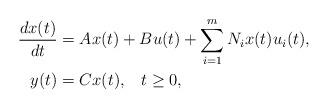
LaTeX: \begin{align*}\frac{d{x}(t)}{dt}&={A} x(t) + B u(t)+\sum_{i=1}^m N_i x(t) u_i(t),\\ y(t)&= {C} x(t),\;\;\;t\geq 0,\end{align*}